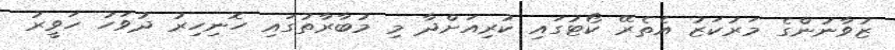
ޒުވާނުންގެ މަރުކަޒު އެތެރޭ ކޯޓުގައި ކުރިއަށްދާ މި މުބާރާތުގައި ހޮނިހިރު ދުވަހު ހަވީރު